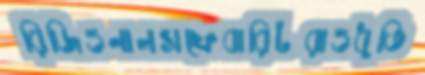
রিজিওনালসফেবারিটরাওধুতি